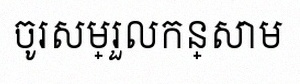
ចូរសម្រួលកន្សោម